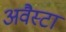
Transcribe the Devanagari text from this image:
अवैस्टा